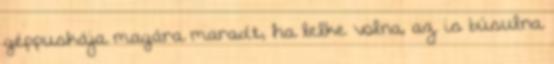
géppuskája magára maradt, ha lelke volna, az is búsulna